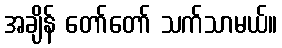
အချိန် တော်တော် သက်သာမယ်။